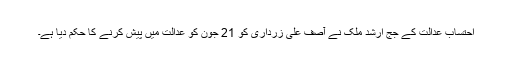
احتساب عدالت کے جج ارشد ملک نے آصف علی زرداری کو 21 جون کو عدالت میں پیش کرنے کا حکم دیا ہے۔